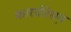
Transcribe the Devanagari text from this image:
कारपोरेस़न